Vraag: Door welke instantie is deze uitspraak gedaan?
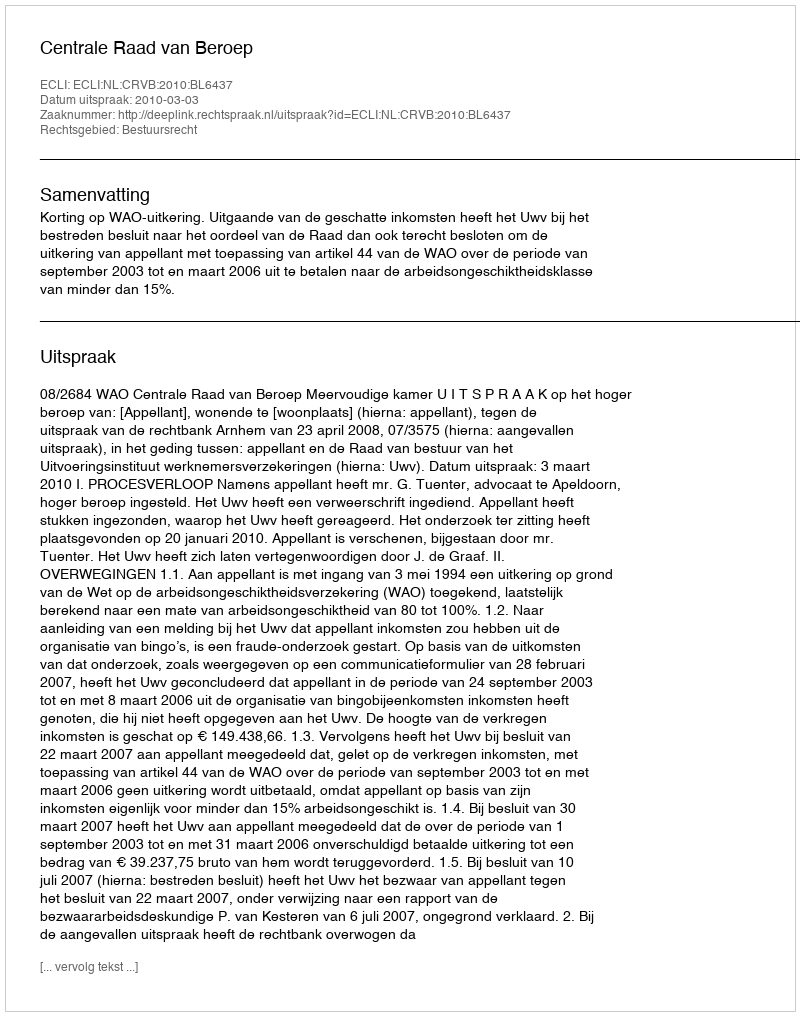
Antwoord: Centrale Raad van Beroep